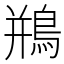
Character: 鵧